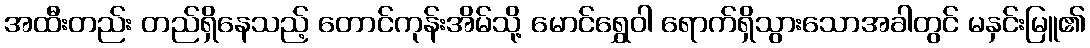
အထီးတည်း တည်ရှိနေသည့် တောင်ကုန်းအိမ်သို့ မောင်ရွှေဝါ ရောက်ရှိသွားသောအခါတွင် မနှင်းမြူ၏